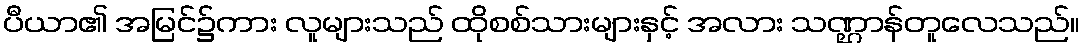
ပီယာ၏ အမြင်၌ကား လူများသည် ထိုစစ်သားများနှင့် အလား သဏ္ဌာန်တူလေသည်။